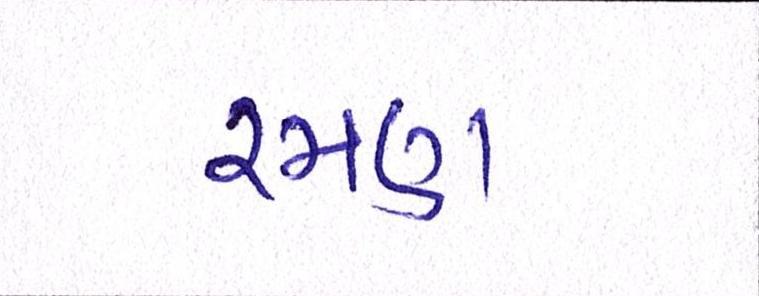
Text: રમણ